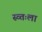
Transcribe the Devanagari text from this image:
स्व्तःला